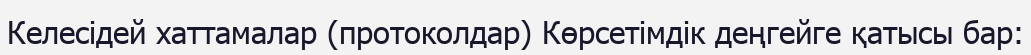
Келесідей хаттамалар (протоколдар) Көрсетімдік деңгейге қатысы бар: